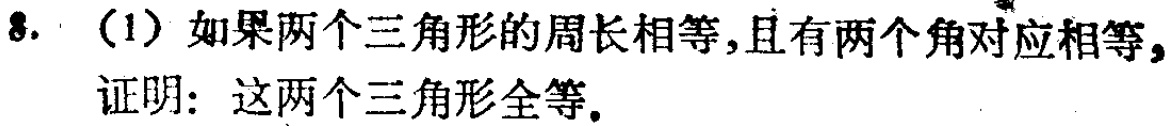
8. （1）如果两个三角形的周长相等，且有两个角对应相等，

证明：这两个三角形全等。